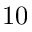
1 0